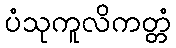
ပံသုကူလိကတ္တံ